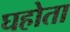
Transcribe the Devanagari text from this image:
घहोता